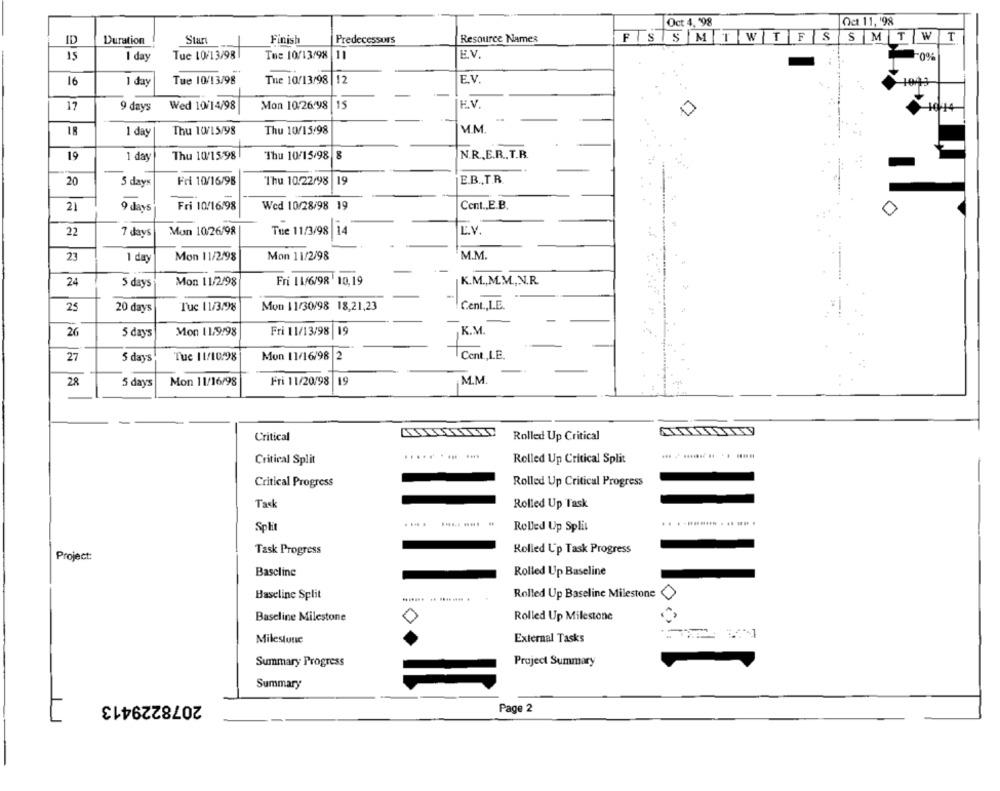
Oct 4, '98
Oct 11, '98
ID
Duration
Start
Finish
Predecessors
Resource Names
FSSMTWTFS
SMTWT
15
Tue 10/13/98
Tue 10/13/98
11
E.V.
1 day
"0%
Tue 10/13/98
The 10/13/98|12
E.V.
16
1 day
F.V.
17
9 days
Wed 10/14/98
Mon 10.26'98
15
1 day
Thu 10/15/98
Thu 10/15/98
M.M.
19
1 day
Thu 10/15/98
Thu 10/15/98
N.R ., E.R. T.B.
20
5 days
Fri 10/16/98
Thu 10.22/98 |19
19
E.B ., T.R.
Fri 10/16/98
Wed 10/28/98 19
Cent .. E.B.
21
9 days
14
E.V.
22
7 days
Mon 1026/98
Tue 11/3/98
23
1 dag
Mon 11/2/98
Mon 11/2/98
M.M.
24
5 days
Mon 11/2/98
Fri 11/6/98 10,19
K.M ., M.M ., N.R
25
20 days
Tuc 11/3/98
Mon 11/30/98 18,21,23
Cent ., I.E.
Mon 11/9/98
Fri 11/13/98
K.M.
26
5 days
Mon 11/16/98
2
Cent ., LE.
27
5 days
Tue 11/10/98
M.M.
28
5 days
Mon 11/16/98
Fri 11/20/98
19
Critical
Rolled Up Critical
...........
Rolled Up Critical Split
Critical Split
Critical Progress
Rolled Up Critical Progress
Task
Rolled Up Task
.. ........ ..... .
Sph
Rolled Up Split
Task Progress
Rolled Up Task Progress
Project:
Baseline
Rolled Up Baseline
Rolled Up Baseline Milestone
Baseline Split
Baseline Milestone
Rolled Up Milestone
Milestune
External Tasks
Summary Progress
Project Summary
Summary
2078229413
Page 2